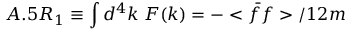
A . 5 R _ { 1 } \equiv \int d ^ { 4 } k \; { \cal F } ( k ) = - < \bar { f } f > / 1 2 m